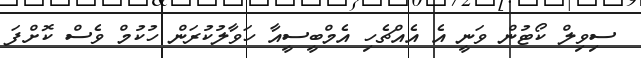
ސިވިލް ކޯޓުން ވަނީ އެ އެއްޗެހި އެމްބީސީއާ ހަވާލުކުރަން ހުކުމް ވެސް ކޮށްފަ